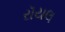
રૉયલ